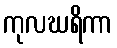
ကုလဃရိကာ